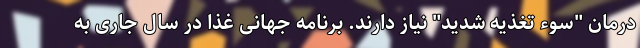
درمان "سوء تغذیه شدید" نیاز دارند. برنامه جهانی غذا در سال جاری به